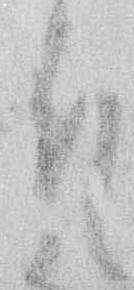
そ